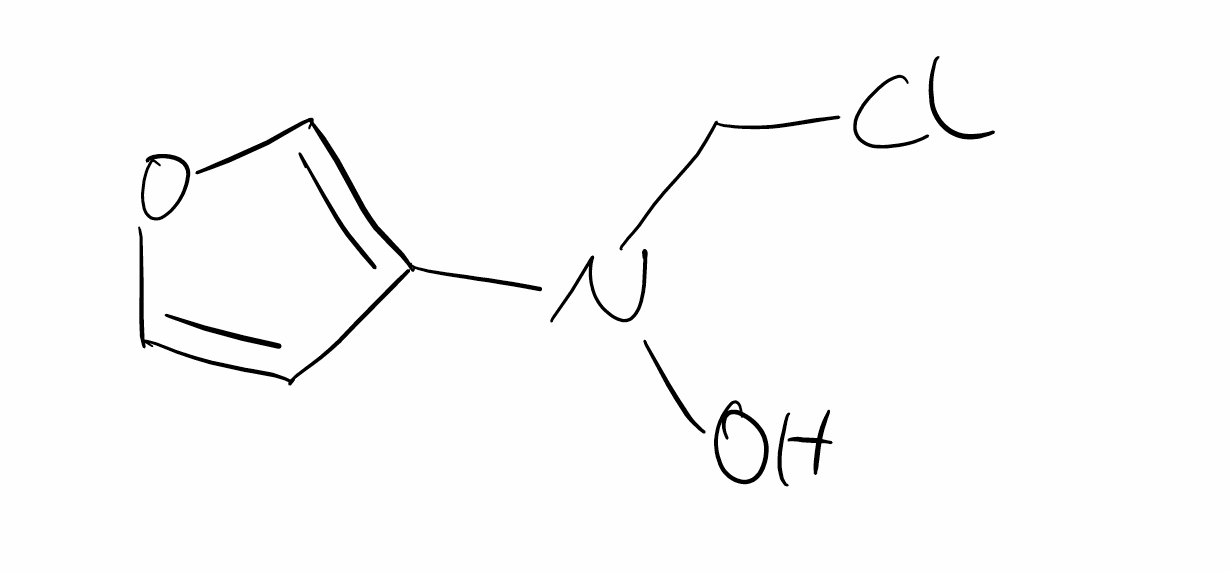
Simplified molecular-input line-entry system (SMILES) notation of the given molecule:
C1=COC=C1N(CCl)O